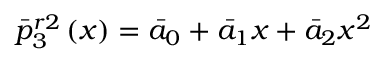
\bar { p } _ { 3 } ^ { r 2 } \left( x \right) = { { \bar { a } } _ { 0 } } + { { \bar { a } } _ { 1 } } x + { { \bar { a } } _ { 2 } } { { x } ^ { 2 } }